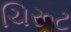
ચિરૂટ